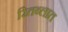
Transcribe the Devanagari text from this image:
रितब्लात